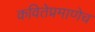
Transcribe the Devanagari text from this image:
कवितेप्रमाणेच